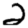
Digit: 2